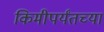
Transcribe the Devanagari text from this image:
किमीपर्यंतच्या